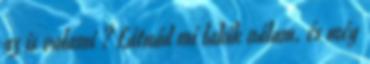
az is valami ? Látnád mi lakik nálam. és még